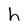
Character: h